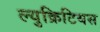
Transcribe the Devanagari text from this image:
ल्युक्रिटियस